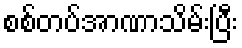
စစ်တပ်အာဏာသိမ်းပြီး